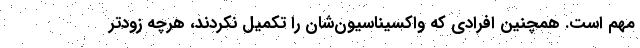
مهم است. همچنین افرادی که واکسیناسیون‌شان را تکمیل نکردند، هرچه زودتر